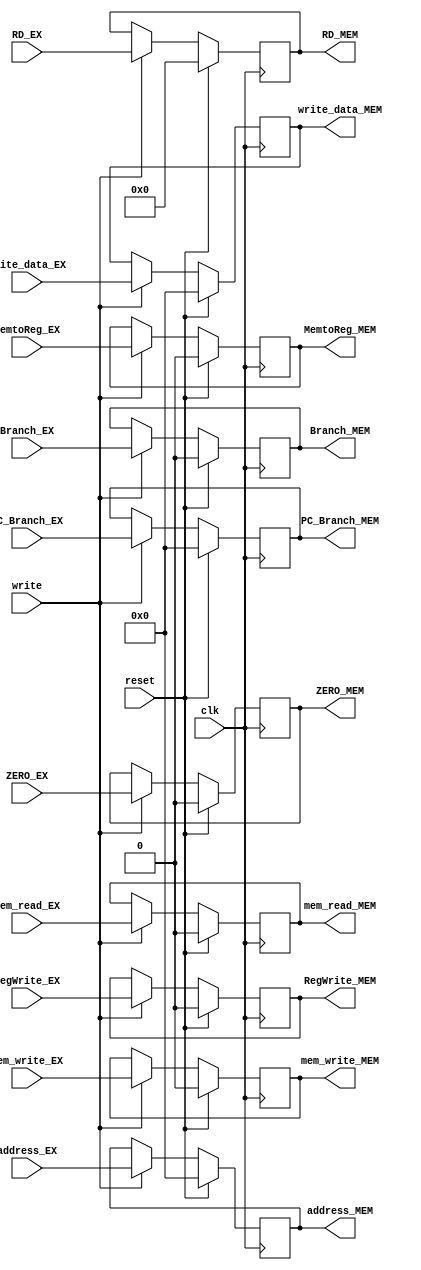
`timescale 1ns / 1ps

module pipeline_ex_mem(
    input clk, reset, write,
    input mem_read_EX, mem_write_EX,
    input RegWrite_EX, MemtoReg_EX,
    input [31:0] address_EX, write_data_EX,
    input [31:0] PC_Branch_EX,
    input ZERO_EX, Branch_EX,
    input [4:0] RD_EX,
    output reg mem_read_MEM, mem_write_MEM,
    output reg RegWrite_MEM, MemtoReg_MEM,
    output reg [31:0] address_MEM, write_data_MEM,
    output reg [31:0] PC_Branch_MEM,
    output reg ZERO_MEM, Branch_MEM,
    output reg [4:0] RD_MEM
);
    always@(posedge clk) begin
        if (reset) begin
            address_MEM <= 32'b0;
            write_data_MEM <= 32'b0;
            PC_Branch_MEM <= 32'b0;
            mem_read_MEM <= 1'b0;
            mem_write_MEM <= 1'b0;
            RegWrite_MEM <= 1'b0;
            MemtoReg_MEM <= 1'b0;
            ZERO_MEM <= 1'b0;
            Branch_MEM <= 1'b0;
            RD_MEM <= 5'b0;
        end
        else begin
            if (write) begin
                address_MEM <= address_EX;
                write_data_MEM <= write_data_EX;
                mem_read_MEM <= mem_read_EX;
                mem_write_MEM <= mem_write_EX;
                PC_Branch_MEM <= PC_Branch_EX;
                ZERO_MEM <= ZERO_EX;
                Branch_MEM <= Branch_EX;
                RD_MEM <= RD_EX;
                RegWrite_MEM <= RegWrite_EX;
                MemtoReg_MEM <= MemtoReg_EX;
            end
        end
      end
endmodule